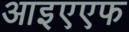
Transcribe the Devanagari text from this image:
आइएएफ